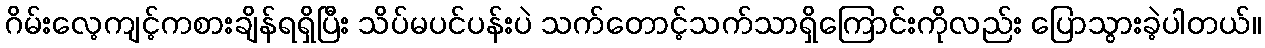
ဂိမ်းလေ့ကျင့်ကစားချိန်ရရှိပြီး သိပ်မပင်ပန်းပဲ သက်တောင့်သက်သာရှိကြောင်းကိုလည်း ပြောသွားခဲ့ပါတယ်။